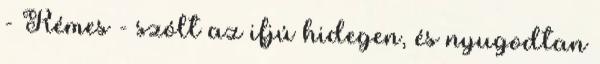
- Rémes - szólt az ifjú hidegen, és nyugodtan